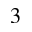
3